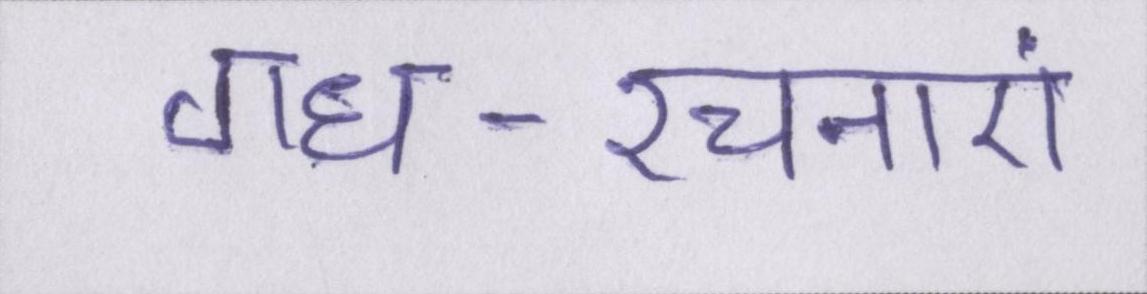
गध-रचनाएं